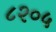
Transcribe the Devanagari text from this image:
८२०५